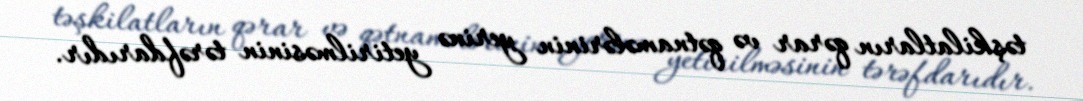
təşkilatların qərar və qətnamələrinin yerinə yetirilməsinin tərəfdarıdır.